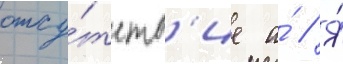
отсу́тств'ие а́ // Я́